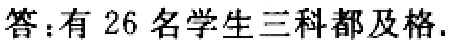
答：有 26 名学生三科都及格.